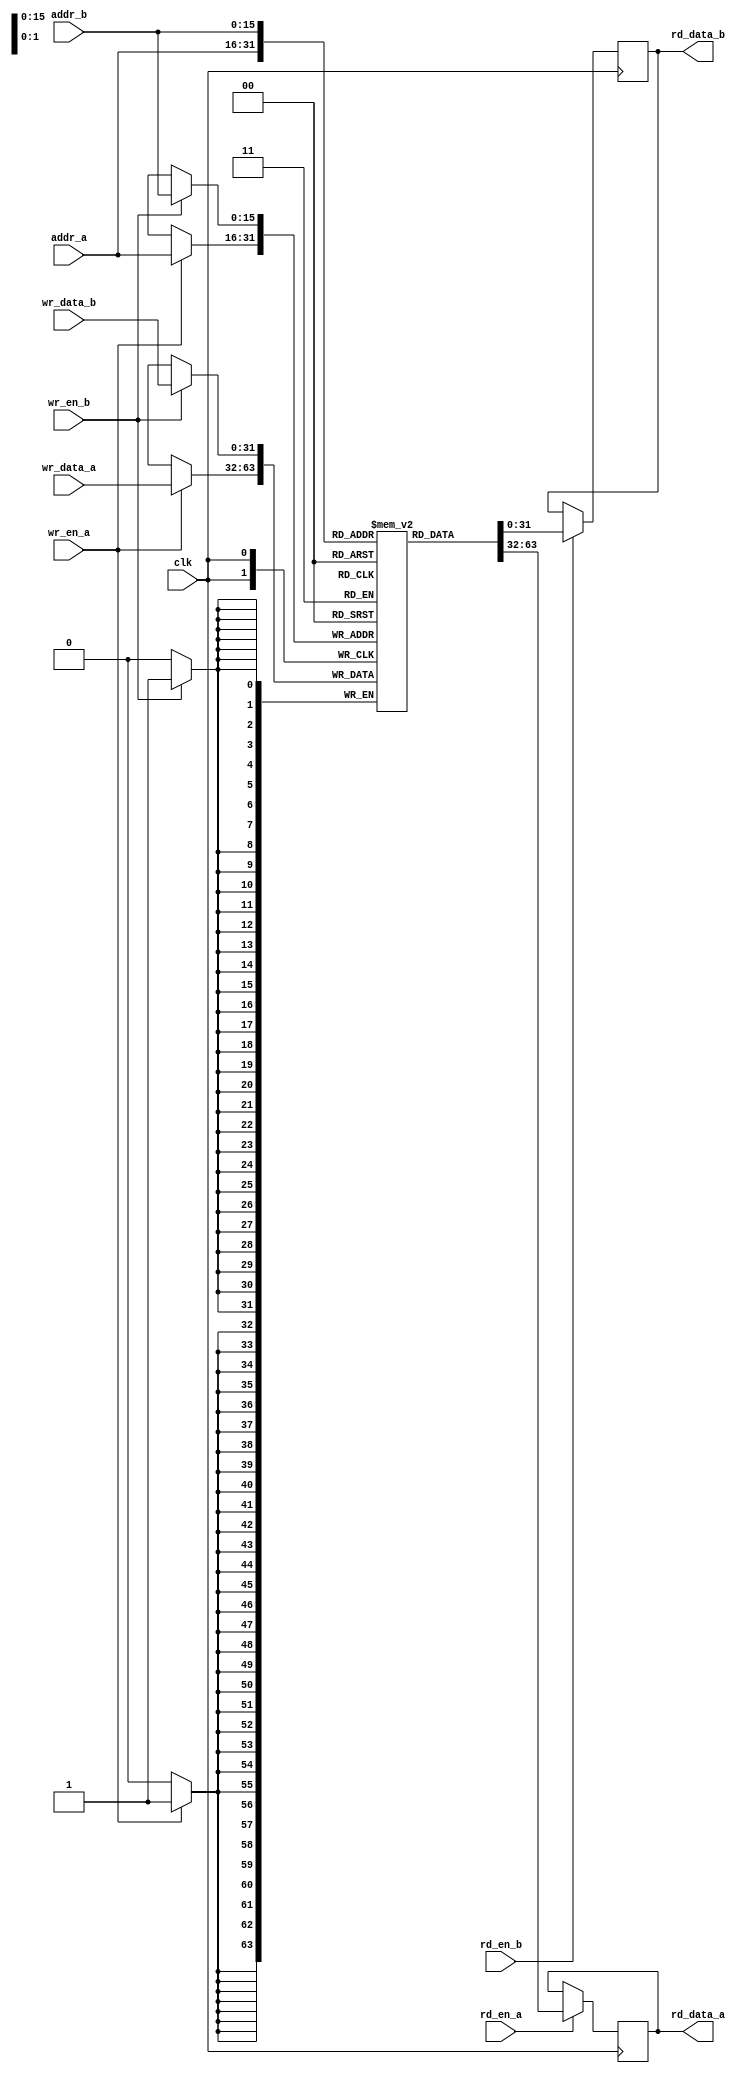
`timescale 1ns / 1ps

module block_ram_dual_port #(
    parameter DATA_WIDTH      = 32,
    parameter DEPTH           = 2**16,
    parameter RAM_STYLE       = "auto",
    parameter OUTPUT_REGISTER = "false"
)(
    output [DATA_WIDTH-1:0]    rd_data_a,
    output [DATA_WIDTH-1:0]    rd_data_b,
    input  [DATA_WIDTH-1:0]    wr_data_a,
    input  [DATA_WIDTH-1:0]    wr_data_b,
    input  [$clog2(DEPTH)-1:0] addr_a,
    input  [$clog2(DEPTH)-1:0] addr_b,
    input                      rd_en_a,
    input                      rd_en_b,
    input                      wr_en_a,
    input                      wr_en_b,
    input                      clk
);

    (* ram_style = RAM_STYLE *) reg [DATA_WIDTH-1:0] ram[0:DEPTH-1];

    // PORTA
    reg [DATA_WIDTH-1:0] rd_data_a_reg;

    always @ (posedge clk) begin
        if (wr_en_a) begin
            ram[addr_a] <= wr_data_a;
        end
    end

    always @ (posedge clk) begin
        if (rd_en_a) begin
            rd_data_a_reg <= ram[addr_a];
        end
    end

    // PORTB
    reg [DATA_WIDTH-1:0] rd_data_b_reg;

    always @ (posedge clk) begin
        if (wr_en_b) begin
            ram[addr_b] <= wr_data_b;
        end
    end

    always @ (posedge clk) begin
        if (rd_en_b) begin
            rd_data_b_reg <= ram[addr_b];
        end
    end

    // Output
    generate
        if (OUTPUT_REGISTER == "true") begin : gen0
            reg [DATA_WIDTH-1:0] rd_data_a_reg_2;
            reg [DATA_WIDTH-1:0] rd_data_b_reg_2;

            always @ (posedge clk) begin
                rd_data_a_reg_2 <= rd_data_a_reg;
                rd_data_b_reg_2 <= rd_data_b_reg;
            end

            assign rd_data_a = rd_data_a_reg_2;
            assign rd_data_b = rd_data_b_reg_2;
        end

        else if (OUTPUT_REGISTER == "false") begin : gen1
            assign rd_data_a = rd_data_a_reg;
            assign rd_data_b = rd_data_b_reg;
        end
    endgenerate

endmodule